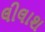
લીલાશ